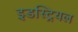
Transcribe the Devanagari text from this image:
इडस्ट्रियल